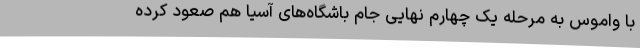
با واموس به مرحله یک چهارم نهایی جام باشگاه‌های آسیا هم صعود کرده